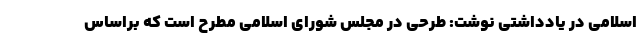
اسلامی در یادداشتی نوشت: طرحی در مجلس شورای اسلامی‌ مطرح است که براساس